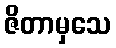
ဇိတာမှသေ